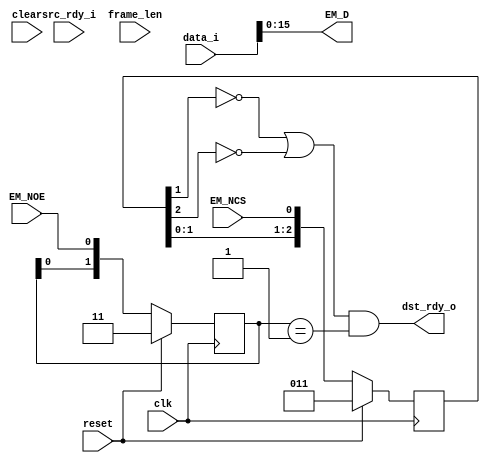

module fifo_to_gpmc_async
  (input clk, input reset, input clear,
   input [17:0] data_i, input src_rdy_i, output dst_rdy_o,
   output [15:0] EM_D, input EM_NCS, input EM_NOE,
   input [15:0] frame_len);

   // Synchronize the async control signals
   reg [2:0] 	cs_del, oe_del;
   reg [15:0] 	counter;
   
   always @(posedge clk)
     if(reset)
       begin
	  cs_del <= 3'b11;
	  oe_del <= 3'b11;
       end
     else
       begin
	  cs_del <= { cs_del[1:0], EM_NCS };
	  oe_del <= { oe_del[1:0], EM_NOE };
       end

   wire do_read = ( (~cs_del[1] | ~cs_del[2]) & (oe_del[1:0] == 2'b01));  // change output on trailing edge
   wire first_read = (counter == 0);
   wire last_read = ((counter+1) == frame_len);

   assign EM_D = data_i[15:0];

   assign dst_rdy_o = do_read;

endmodule // fifo_to_gpmc_async